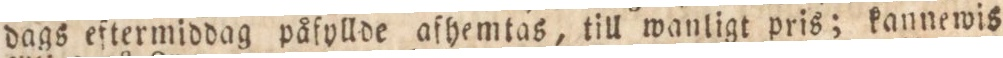
dags eftermiddag påfyllde afhemtas, till wanligt pris; kannewis